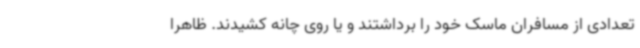
تعدادی از مسافران ماسک خود را برداشتند و یا روی چانه کشیدند. ظاهرا